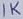
Text: 1K